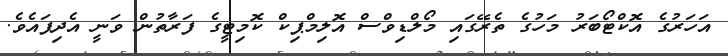
އަހަރުގެ އޮކްޓޯބަރު މަހުގެ ތެރޭގައި މޯލްޑިވްސް އޮލިމްޕިކް ކޮމިޓީގެ ފަރާތުން ވަނީ އެދިފައެވެ.